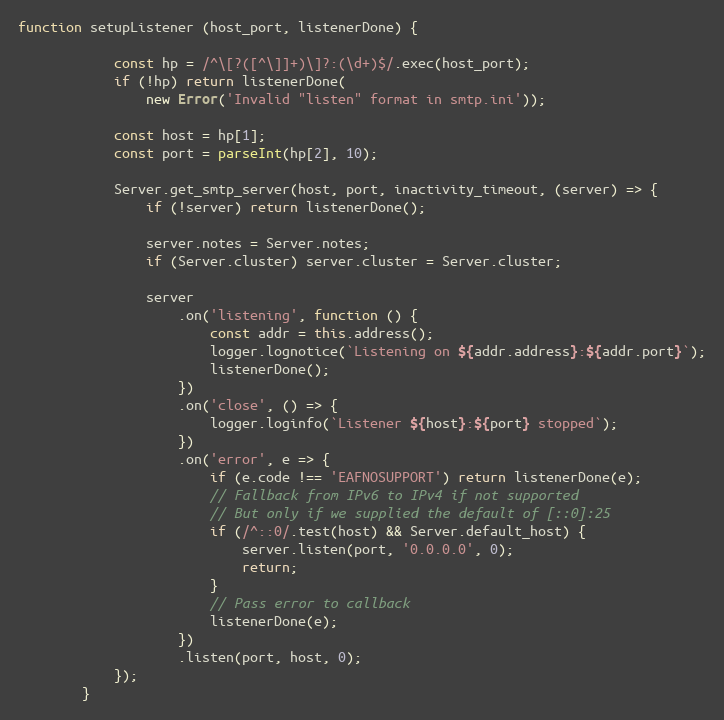
Language: JavaScript
function setupListener (host_port, listenerDone) {

            const hp = /^\[?([^\]]+)\]?:(\d+)$/.exec(host_port);
            if (!hp) return listenerDone(
                new Error('Invalid "listen" format in smtp.ini'));

            const host = hp[1];
            const port = parseInt(hp[2], 10);

            Server.get_smtp_server(host, port, inactivity_timeout, (server) => {
                if (!server) return listenerDone();

                server.notes = Server.notes;
                if (Server.cluster) server.cluster = Server.cluster;

                server
                    .on('listening', function () {
                        const addr = this.address();
                        logger.lognotice(`Listening on ${addr.address}:${addr.port}`);
                        listenerDone();
                    })
                    .on('close', () => {
                        logger.loginfo(`Listener ${host}:${port} stopped`);
                    })
                    .on('error', e => {
                        if (e.code !== 'EAFNOSUPPORT') return listenerDone(e);
                        // Fallback from IPv6 to IPv4 if not supported
                        // But only if we supplied the default of [::0]:25
                        if (/^::0/.test(host) && Server.default_host) {
                            server.listen(port, '0.0.0.0', 0);
                            return;
                        }
                        // Pass error to callback
                        listenerDone(e);
                    })
                    .listen(port, host, 0);
            });
        }